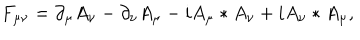
F _ { \mu \nu } = \partial _ { \mu } A _ { \nu } - \partial _ { \nu } A _ { \mu } - i A _ { \mu } \ast A _ { \nu } + i A _ { \nu } \ast A _ { \mu } ,